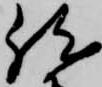
然